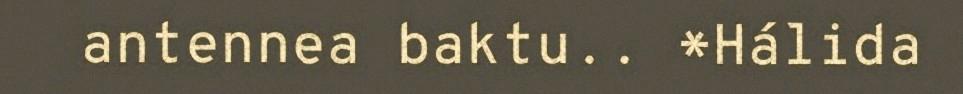
antennea baktu.. *Hálida